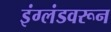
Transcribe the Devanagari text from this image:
इंग्लंडवरून